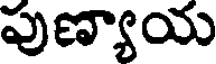
పుణ్యాయ